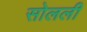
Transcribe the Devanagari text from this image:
सोलली